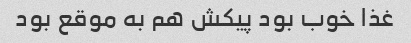
غذا خوب بود پیکش هم به موقع بود